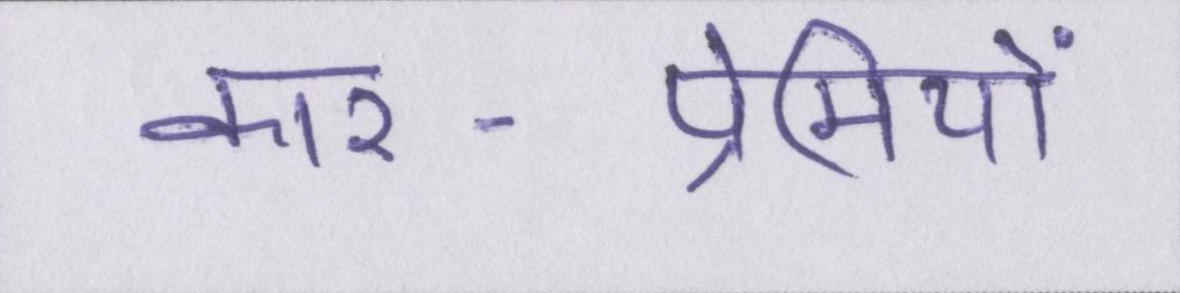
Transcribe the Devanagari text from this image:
कार-प्रेमियों